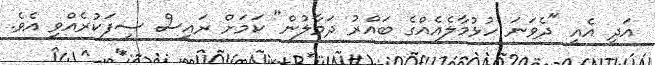
އަދި އެއީ "ދެވަނަ ހުޅުމާލެއެއްގެ ބައްރު ދަމާލުން" ކަމަށް ރައީސް ސިފަކުރެއްވި އެވެ.